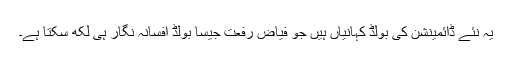
یہ نئے ڈائمینشن کی بولڈ کہانیاں ہیں جو فیاض رفعت جیسا بولڈ افسانہ نگار ہی لکھ سکتا ہے۔